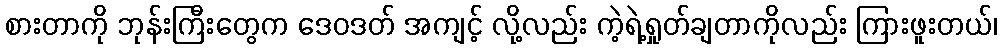
စားတာကို ဘုန်းကြီးတွေက ဒေဝဒတ် အကျင့် လို့လည်း ကဲ့ရဲ့ရှုတ်ချတာကိုလည်း ကြားဖူးတယ်၊